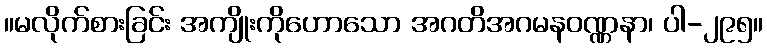
။မလိုက်စားခြင်း အကျိုးကိုဟောသော အဂတိအဂမနဝဏ္ဏနာ၊ ပါ-၂၉၅။